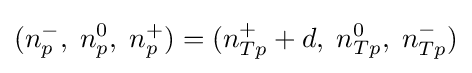
(n_{p}^{-},\;n_{p}^{0},\;n_{p}^{+})=(n_{Tp}^{+}+d,\;n_{Tp}^{0},\;n_{Tp}^{-})